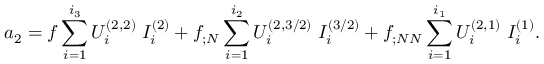
a _ { 2 } = f \sum _ { i = 1 } ^ { i _ { 3 } } { \cal U } _ { i } ^ { ( 2 , 2 ) } \; I _ { i } ^ { ( 2 ) } + f _ { ; N } \sum _ { i = 1 } ^ { i _ { 2 } } { \cal U } _ { i } ^ { ( 2 , 3 / 2 ) } \; I _ { i } ^ { ( 3 / 2 ) } + f _ { ; N N } \sum _ { i = 1 } ^ { i _ { 1 } } { \cal U } _ { i } ^ { ( 2 , 1 ) } \; I _ { i } ^ { ( 1 ) } .